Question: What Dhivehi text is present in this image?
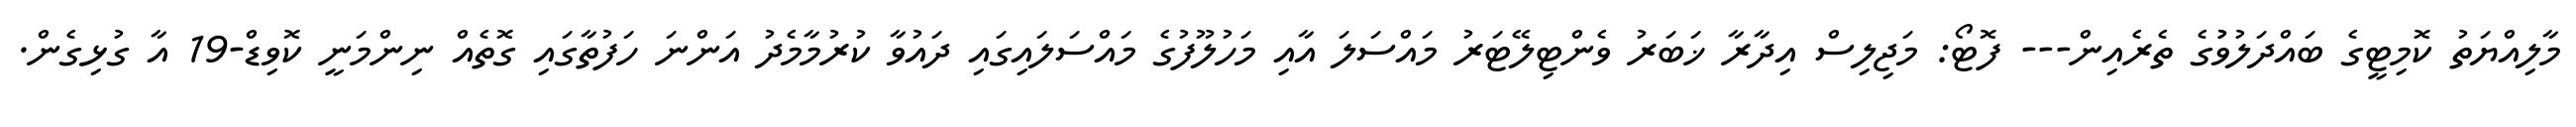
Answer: މާލިއްޔަތު ކޮމިޓީގެ ބައްދަލުވުުގެ ތެރެއިން--- ފޮޓޯ: މަޖިލިސް އިދާރާ ޚަބަރު ވެންޓިލޭޓަރު މައްސަލަ އާއި މަހުލޫފުގެ މައްސަލައިގައި ދައުވާ ކުރުމާމެދު އަންނަ ހަފުތާގައި ގޮތެއް ނިންމަނީ ކޮވިޑް-19 އާ ގުޅިގެން.